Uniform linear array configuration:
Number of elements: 64
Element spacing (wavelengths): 0.25
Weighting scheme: exponential
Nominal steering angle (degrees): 15
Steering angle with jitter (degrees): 15.196
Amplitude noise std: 0.05
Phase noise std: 0.05

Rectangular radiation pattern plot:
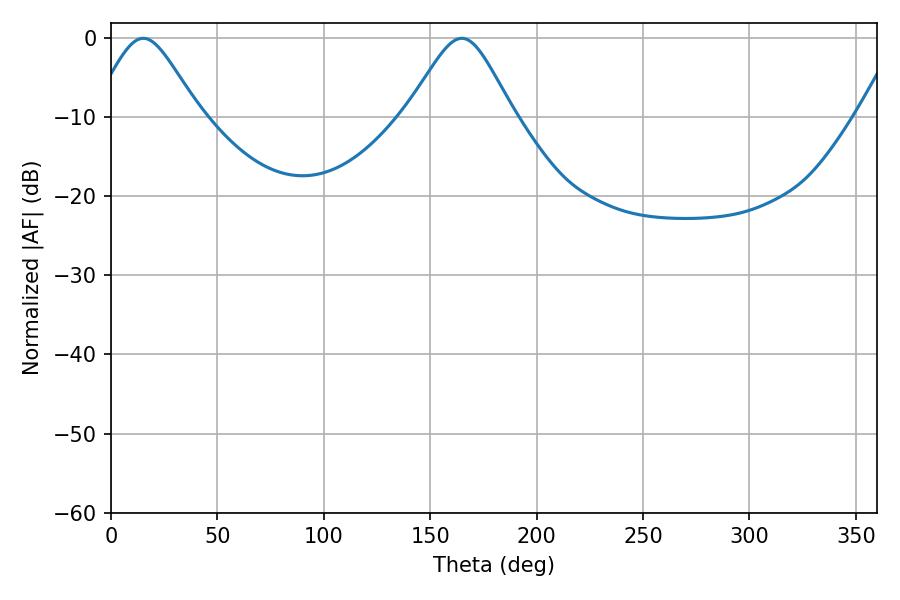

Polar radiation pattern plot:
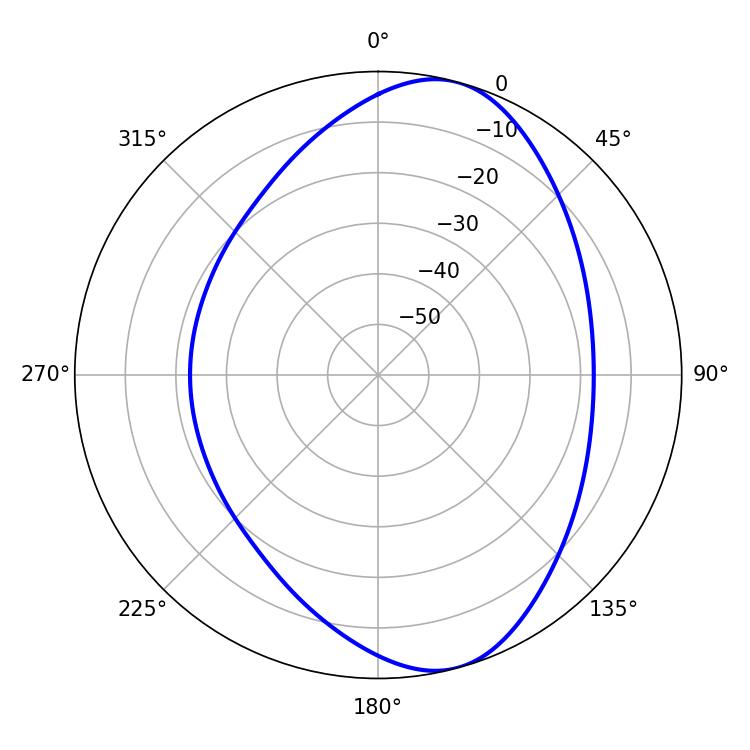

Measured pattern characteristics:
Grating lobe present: FALSE
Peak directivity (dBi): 8.405
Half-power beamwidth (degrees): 24.3
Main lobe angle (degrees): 15.12